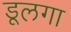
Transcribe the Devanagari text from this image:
डूलगा